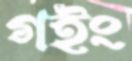
গইং